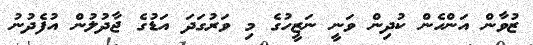
ޒުވާން އަންހެން ކުދިން ވަނީ ނަޒީހުގެ މި ވަރުގަދަ އަޑުގެ ޖާދުލުން އުފެދުނު